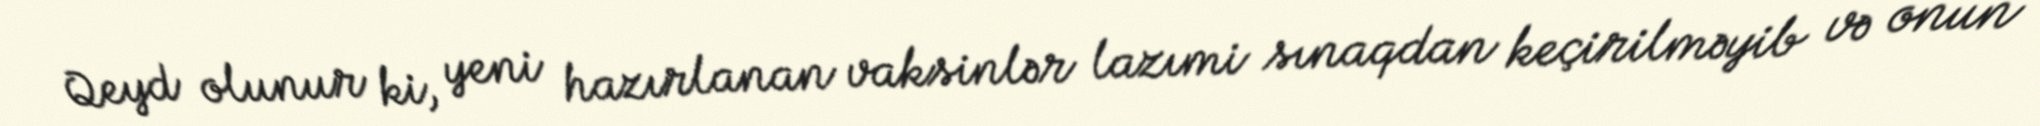
Qeyd olunur ki, yeni hazırlanan vaksinlər lazımi sınaqdan keçirilməyib və onun